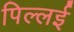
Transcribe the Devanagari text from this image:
पिल्‍लई